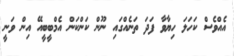
އެއްވެސް ކަހަލަ ހިޔާވާ ފަދަ ތަނެއްގައި ނޫން ކަންކަން އެމްބީބީއޭ އިން ވަނީ